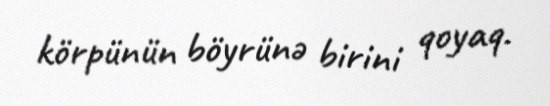
körpünün böyrünə birini qoyaq.